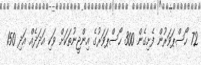
72 ހޯސްޕަވަރުން ފެށިގެން 300 ހޯސްޕަވަރުގެ އިންޖީނުތަކަށް ވަކި އަދަދެއް އަދި 150